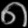
Digit: ၈